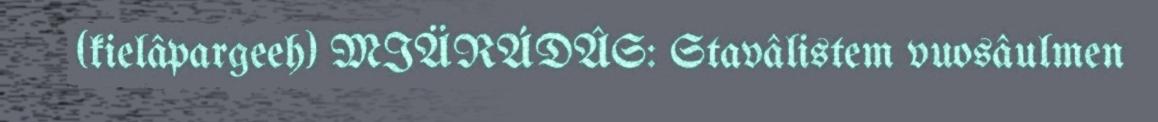
(kielâpargeeh) MIÄRÁDÂS: Stavâlistem vuosâulmen